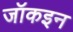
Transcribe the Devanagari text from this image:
जॉकइन